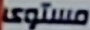
مستوى